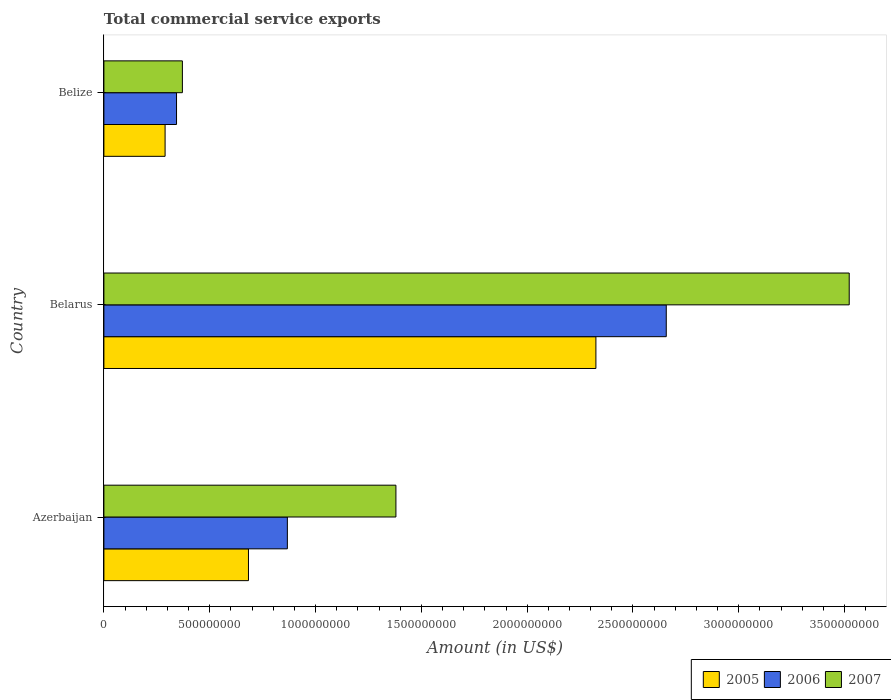
| Country | 2005 | 2006 | 2007 |
 | --- | --- | --- | --- |
 | Azerbaijan | 6.83e+08 | 8.67e+08 | 1.38e+09 |
 | Belarus | 2.32e+09 | 2.66e+09 | 3.52e+09 |
 | Belize | 2.89e+08 | 3.43e+08 | 3.71e+08 |